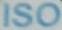
ISO